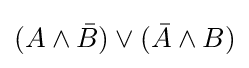
(A\wedge {\bar {B}})\vee ({\bar {A}}\wedge B)